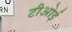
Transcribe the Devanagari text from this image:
टीओई